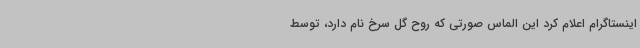
اینستاگرام اعلام کرد این الماس صورتی که روح گل سرخ نام دارد، توسط